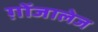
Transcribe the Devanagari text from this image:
ग़ोंजालेज